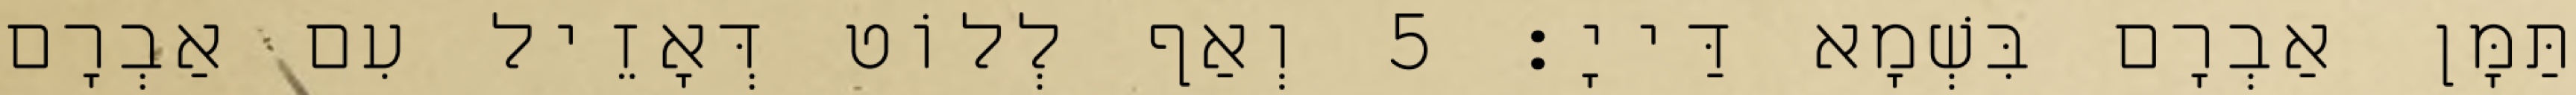
תַּמָּן אַבְרָם בִּשְׁמָא דַּייָ׃ 5 וְאַף לְלוֹט דְּאָזֵיל עִם אַבְרָם